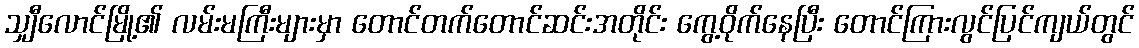
သျှီလောင်မြို့၏ လမ်းမကြီးများမှာ တောင်တက်တောင်ဆင်းအတိုင်း ကွေ့ဝိုက်နေပြီး တောင်ကြားလွင်ပြင်ကျယ်တွင်